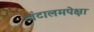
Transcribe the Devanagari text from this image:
टांटालमपेक्षा